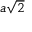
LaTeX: a { \sqrt { 2 } }